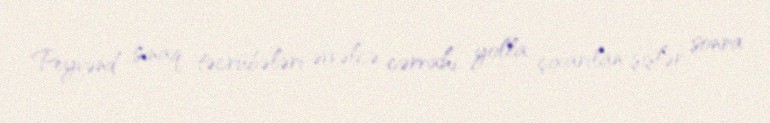
Peyvənd sınaq təcrübələri əvvəlcə cərrahi yolla çıxarılan şişlər, sonra